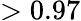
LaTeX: >0.97